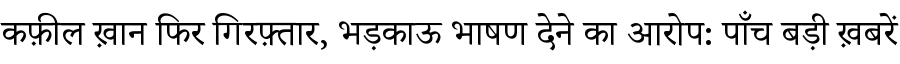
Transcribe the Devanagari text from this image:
कफ़ील ख़ान फिर गिरफ़्तार, भड़काऊ भाषण देने का आरोप: पाँच बड़ी ख़बरें